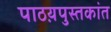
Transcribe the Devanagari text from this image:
पाठय़पुस्तकांत